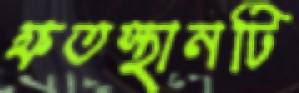
ক্ষতস্থানটি